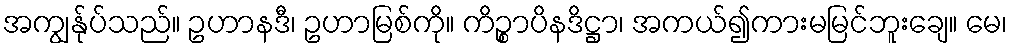
အကျွန်ုပ်သည်။ ဥဟာနဒီ၊ ဥဟာမြစ်ကို။ ကိဉ္စာပိနဒိဋ္ဌာ၊ အကယ်၍ကားမမြင်ဘူးချေ။ မေ၊